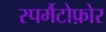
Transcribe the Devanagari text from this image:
स्पर्मैटोफ़ोर